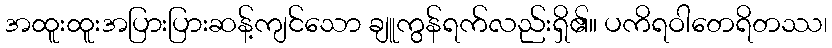
အထူးထူးအပြားပြားဆန့်ကျင်သော ချူကွန်ရက်လည်းရှိ၏။ ပကိရဝါတေရိတဿ၊